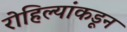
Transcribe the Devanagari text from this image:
रोहिल्यांकडून